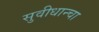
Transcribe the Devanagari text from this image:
सुवीधान्चा